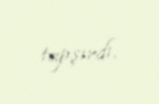
tapşırdı.